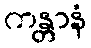
ကန္တာနံ